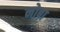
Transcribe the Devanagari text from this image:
नोबा